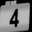
Digit: 4